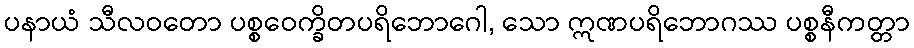
ပနာယံ သီလဝတော ပစ္စဝေက္ခိတပရိဘောဂေါ, သော ဣဏပရိဘောဂဿ ပစ္စနီကတ္တာ